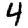
Digit: 4